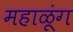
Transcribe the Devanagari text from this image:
महाळूंग